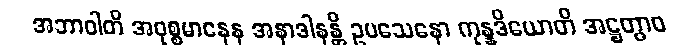
အဘာဝါတိ အဝုစ္စမာနေန အနာဒါနန္တိ ဥပသေနော ကုန္နဒိယောတိ အဋ္ဌတွာဝ